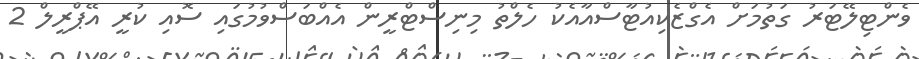
ވެންޓިލޭޓަރު ގަތުމަށް އެގްޒެކިއުޓާސްއާއެކު ހެލްތު މިނިސްޓްރީން އެއްބަސްވުމުގައި ސޮއި ކުރީ އޭޕްރީލް 2